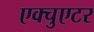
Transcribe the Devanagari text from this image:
एक्चुएटर